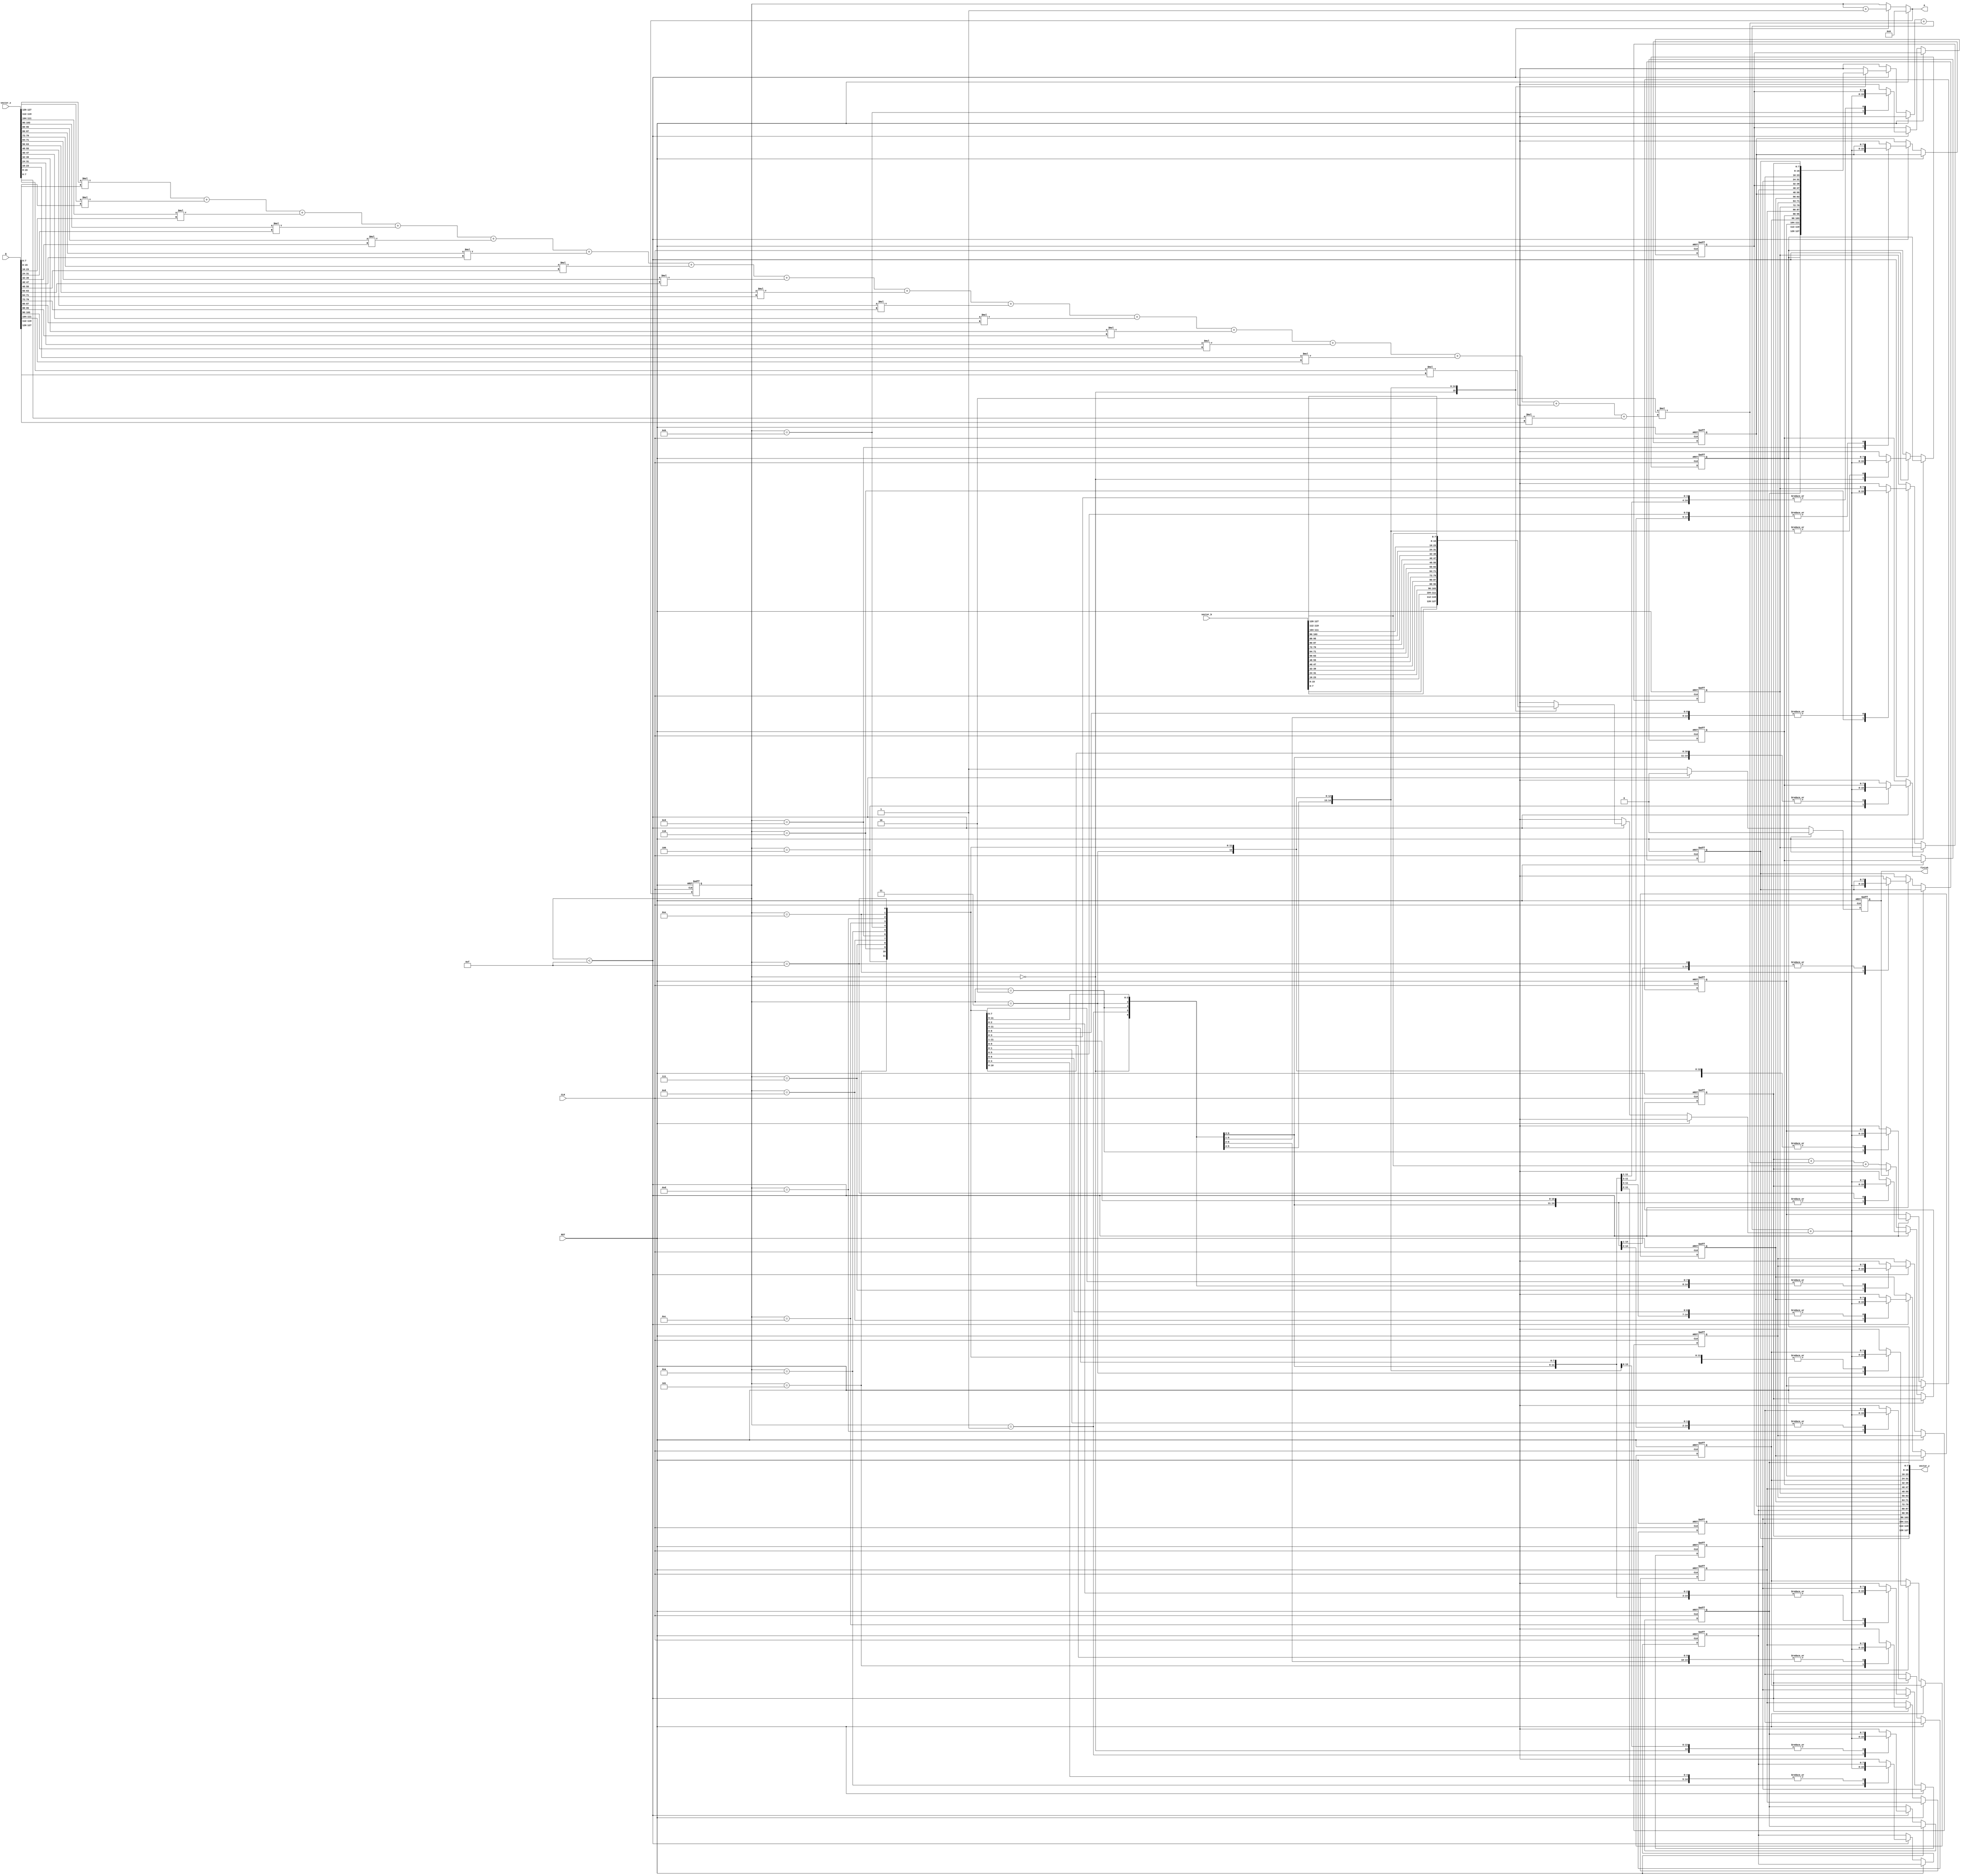
module matvecmult(
    CLK,
    RST,
    vector_x,
    vector_b,
    vector_y,
    Q,
    A,
    finish
);

input               CLK;
input               RST;
input       [127:0]	vector_x;
input       [127:0]	vector_b;
output  reg [127:0]	vector_y;
input       [127:0]	Q;
output  reg [3:0]   A;
output  reg         finish;

// declaration
integer i;
reg [7:0]   vector_x_r [0:15], vector_x_w[0:15];
reg [7:0]   part_matrix_a_r[0:15], part_matrix_a_w[0:15];
reg [7:0]   vector_y_r  [0:15], vector_y_w[0:15];
reg [7:0]   vector_b_r  [0:15], vector_b_w[0:15];
reg finish_r, finish_w;
reg [7:0]   temp;
reg [3:0] counter_r, counter_w;

always @(*) begin
    for(i=0;i<16;i=i+1) begin
        vector_x_w[i] = vector_x[8*i+:8];
    end
    
    for(i=0;i<16;i=i+1) begin
        vector_b_w[i] = vector_b[8*i+:8];
    end

    for(i=0;i<16;i=i+1) begin
        vector_y_w[i] = vector_y_r[i];
    end

    for(i=0;i<16;i=i+1) begin
        part_matrix_a_w[i] = Q[8*i+:8];
    end

    temp = 
        vector_x_w[15] * part_matrix_a_w[0] +
        vector_x_w[14] * part_matrix_a_w[1] +
        vector_x_w[13] * part_matrix_a_w[2] +
        vector_x_w[12] * part_matrix_a_w[3] +
        vector_x_w[11] * part_matrix_a_w[4] +
        vector_x_w[10] * part_matrix_a_w[5] +
        vector_x_w[9] * part_matrix_a_w[6] +
        vector_x_w[8] * part_matrix_a_w[7] +
        vector_x_w[7] * part_matrix_a_w[8] +
        vector_x_w[6] * part_matrix_a_w[9] +
        vector_x_w[5] * part_matrix_a_w[10] +
        vector_x_w[4] * part_matrix_a_w[11] +
        vector_x_w[3] * part_matrix_a_w[12] +
        vector_x_w[2] * part_matrix_a_w[13] +
        vector_x_w[1] * part_matrix_a_w[14] +
        vector_x_w[0] * part_matrix_a_w[15];

    finish_w = 1'b0;
    counter_w = counter_r;

    if (RST)
        counter_w = 1'b0;
    else if (counter_r < 4'd15) begin
        counter_w = counter_r + 1'b1;
        vector_y_w[counter_r] = vector_y_r[counter_r] + 2 * temp + vector_b_w[counter_r];  
    end
    else begin
        finish_w = 1'b1;
        if (finish_r==1'b0)
            vector_y_w[15] = vector_y_r[15] + 2 * temp + vector_b_w[15];
    end

    vector_y = {vector_y_r[15], vector_y_r[14], vector_y_r[13], vector_y_r[12], vector_y_r[11], vector_y_r[10], vector_y_r[9], vector_y_r[8], vector_y_r[7], vector_y_r[6], vector_y_r[5], vector_y_r[4], vector_y_r[3], vector_y_r[2], vector_y_r[1], vector_y_r[0]};
    finish = finish_r;
    A = counter_w;
end


always @(posedge CLK or posedge RST) begin
    if (RST) begin
        // reset
        counter_r <= 1'b0;
        finish_r <= 1'b0;

        for(i=0;i<16;i=i+1) begin
            vector_y_r[i] <= 1'b0;
            part_matrix_a_r[i] <= 1'b0;
        end
    end
    else begin
        // current state logic
        counter_r <= counter_w;
        finish_r <= finish_w;

        for(i=0;i<16;i=i+1) begin
            vector_y_r[i] <= vector_y_w[i];
            part_matrix_a_r[i] <= part_matrix_a_w[i];
        end
    end
end

endmodule